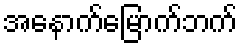
အနောက်မြောက်ဘက်